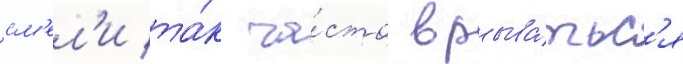
см'ел'и та́к ча́сто врыва́тьс'я